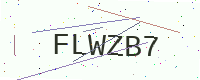
Text: FLWZB7